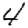
Digit: 4